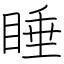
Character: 睡